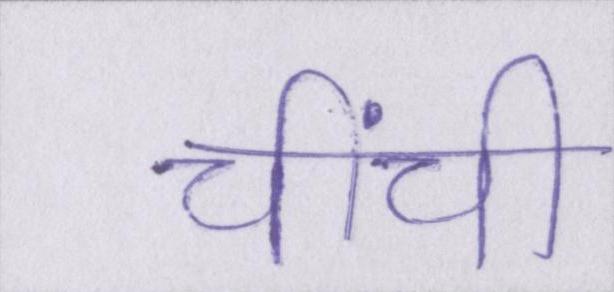
चींची